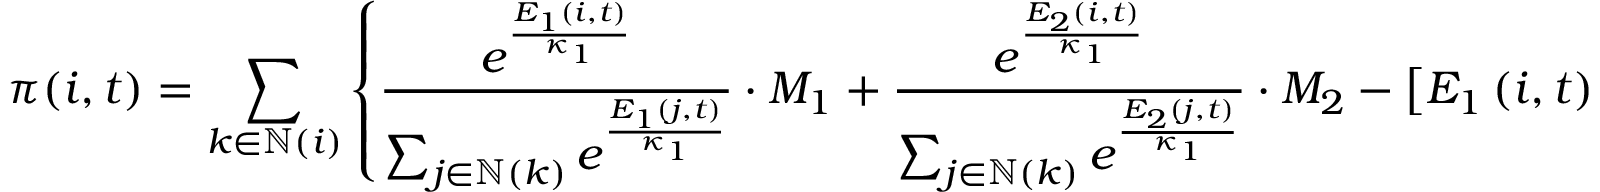
\pi ( i , t ) = \sum _ { k \in \mathbb { N } ( i ) } \left\{ \frac { e ^ { \frac { E _ { \scriptscriptstyle 1 } \left( i , t \right) } { \kappa _ { 1 } } } } { \sum _ { j \in \mathbb { N } \left( k \right) } e ^ { \frac { E _ { 1 } \left( j , t \right) } { \kappa _ { 1 } } } } \cdot M _ { 1 } + \frac { e ^ { \frac { E _ { \scriptscriptstyle 2 } \left( i , t \right) } { \kappa _ { 1 } } } } { \sum _ { j \in \mathbb { N } \left( k \right) } e ^ { \frac { E _ { 2 } \left( j , t \right) } { \kappa _ { 1 } } } } \cdot M _ { 2 } - \left[ E _ { 1 } \left( i , t \right) + E _ { 2 } \left( i , t \right) \right] \right\} ,